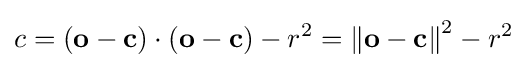
c=(\mathbf {o} -\mathbf {c} )\cdot (\mathbf {o} -\mathbf {c} )-r^{2}=\left\Vert \mathbf {o} -\mathbf {c} \right\Vert ^{2}-r^{2}